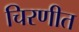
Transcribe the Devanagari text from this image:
चिरणीत